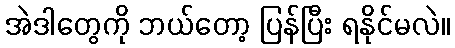
အဲဒါတွေကို ဘယ်တော့ ပြန်ပြီး ရနိုင်မလဲ။